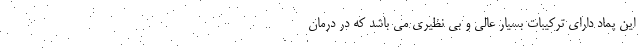
این پماد دارای ترکیبات بسیار عالی و بی نظیری می باشد که در درمان